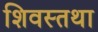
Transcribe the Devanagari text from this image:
शिवस्तथा